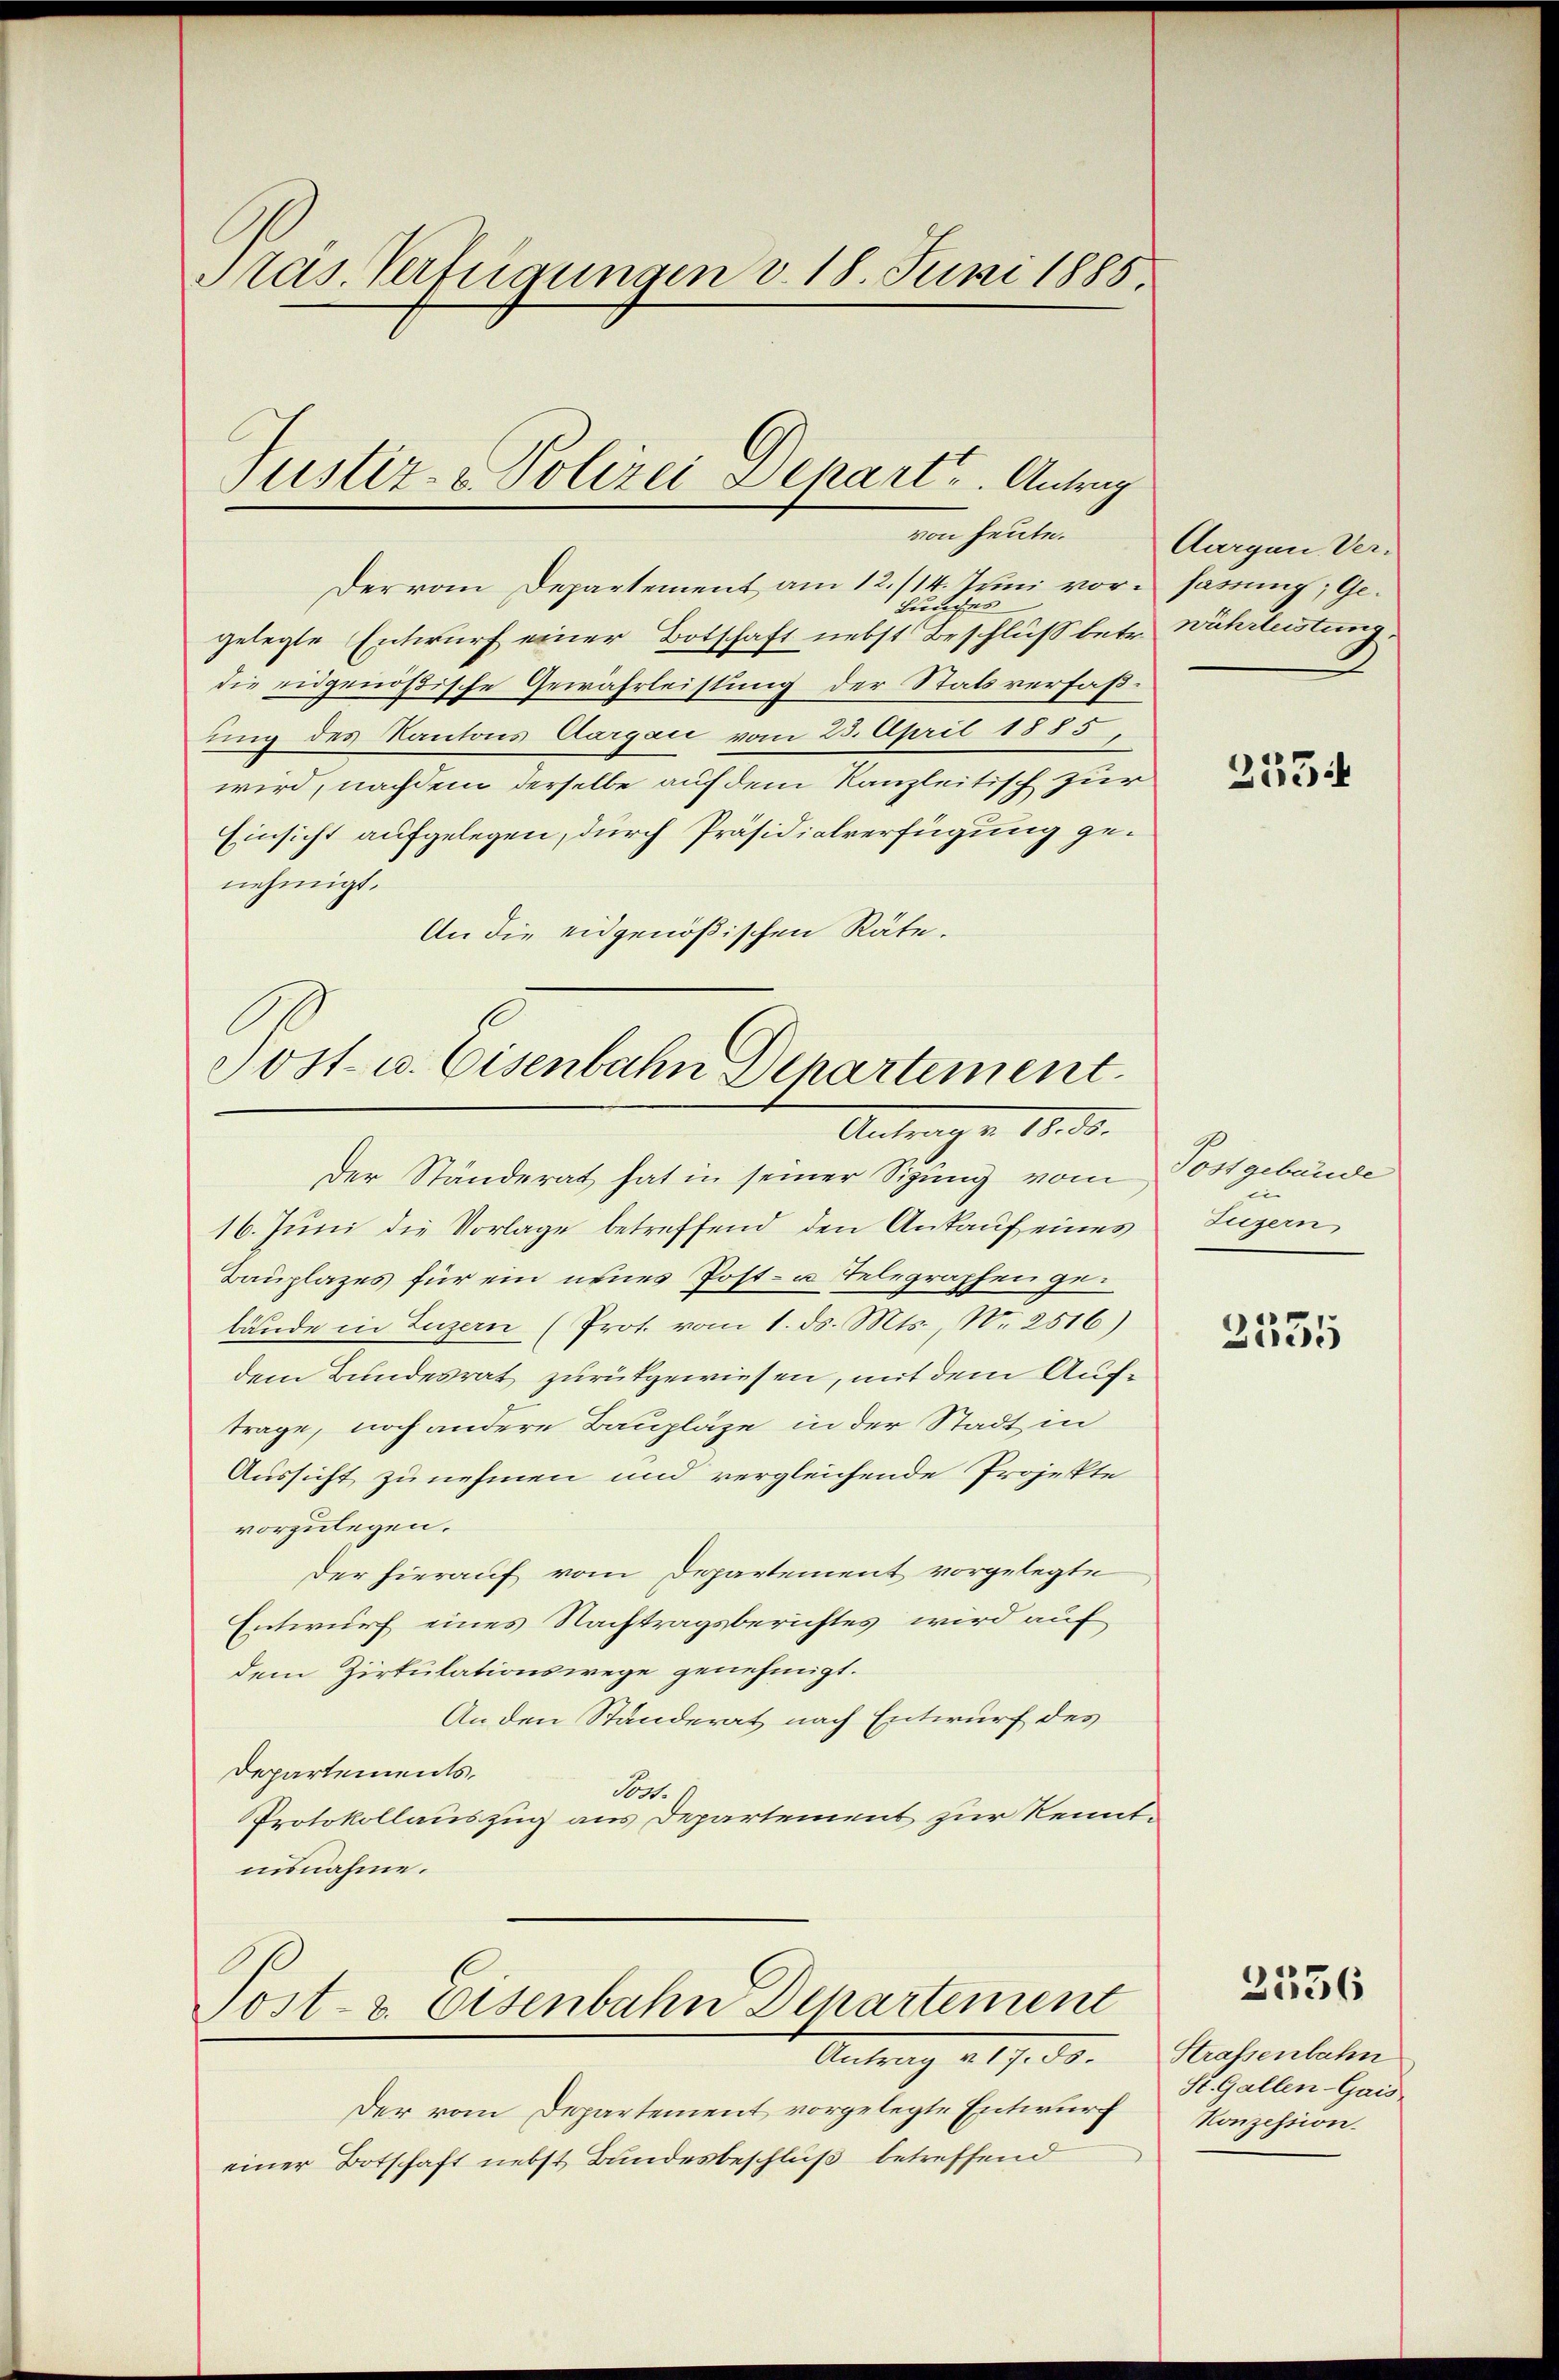
Pas. Verfügungen v. 18. Juni 1885.

Justiz- & Polizei Depart. Antrag
von heute.

Der vom Departement am 12./14. Juni vor. Harung, Ge¬
Bundes
gelegte Entwurf einer Botschaft nebst Beschluß betr. Währleistung,
die eidgenößische Gewährleistung der Statsverfaßung des Kantons Aargau vom 23. April 1885.
wird, nachdem derselbe auf dem Kanzleitisch zur
Einsicht aufgelegen, durch Präsidialverfügung genehmigt.
An die eidgenößischen Räte.

Jost u. Eisenbahn Departement.
Antrage 18. ds.

Der Ständerat hat in seiner Sigung vom
16. Juni die Vorlage betreffend den Ankauf eines
Bauplazes für ein neues Post- u. Telegraphen gebände in Luzern (Prot. vom 1. ds. Mts., Nr. 2516)
dem Bundesrat zurükgewiesen, mit dem Auftrage, noch andere Baupläge in der Stadt in
Aussicht zunehmen und vergleichende Projekte
vorzulegen.
Der hierauf vom Departement vorgelegte
Entwurf eines Nachtragsberichtes wird auf
dem Zirtulationswege genehmigt.
An den Standerat nach Entwurf des
Departements.
Sont. 1
Protokollauszug aus Departement zur Kenntinsnahme.
Post- & Eisenbahn Departement
Antrag 217. 30.
Der vom Departement vorgelegte Entwurf
einer Botschaft nebst Bundesbeschluß betreffend

Aargau Ver¬

2534

Postgebäude

Luzern

2335

3536

Strassenbahn
St. Gallen-Gais
Konzession.